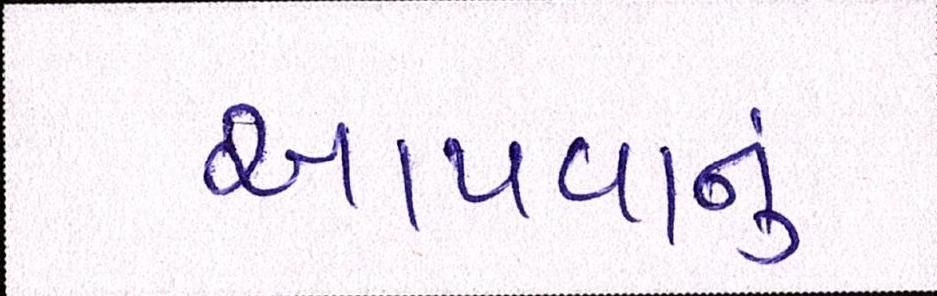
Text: આપવાનું